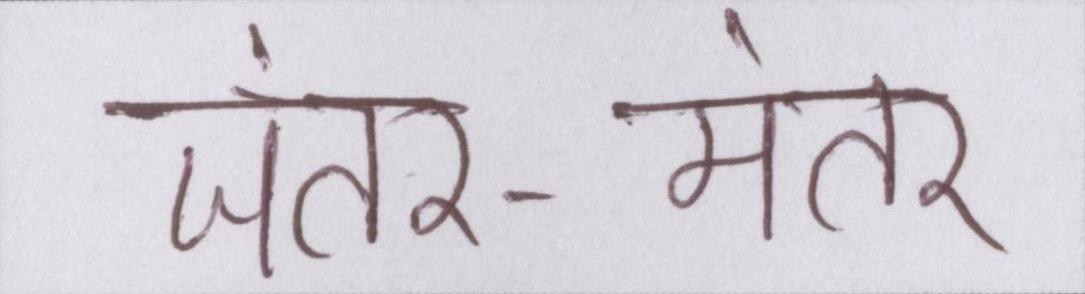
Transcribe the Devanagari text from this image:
जंतर-मंतर